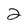
Character: 2